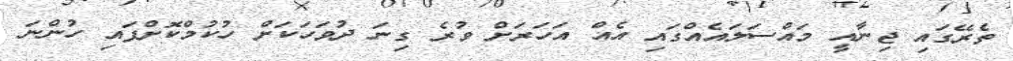
ތެރޭގައި ޖިނާއީ މައްސަލައެއްގައި އެއް އަހަރަށް ވުރެ ގިނަ ދުވަހަކަށް ހުކުމްކޮށްފައި ހުންނަ